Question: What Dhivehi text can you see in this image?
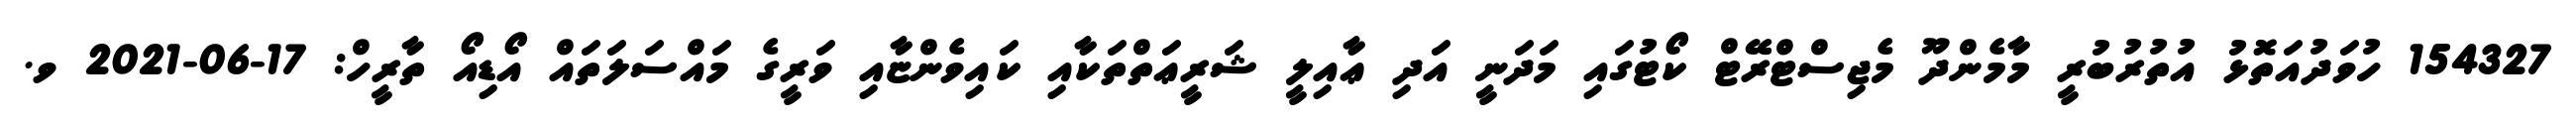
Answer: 154327 ހުވަދުއަތޮޅު އުތުރުބުރީ މާމެންދޫ މެޖިސްޓްރޭޓް ކޯޓުގައި މަދަނީ އަދި ޢާއިލީ ޝަރީޢަތްތަކާއި ކައިވެންޏާއި ވަރީގެ މައްސަލަތައް އޯޑިއޯ ތާރީހް: 17-06-2021 ވ.